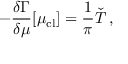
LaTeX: - \frac { \delta \Gamma } { \delta \mu } [ \mu _ { \mathrm { c l } } ] = \frac { 1 } { \pi } \check { T } \, ,